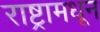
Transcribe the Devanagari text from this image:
राष्ट्रामधून